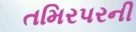
તમિરપરની